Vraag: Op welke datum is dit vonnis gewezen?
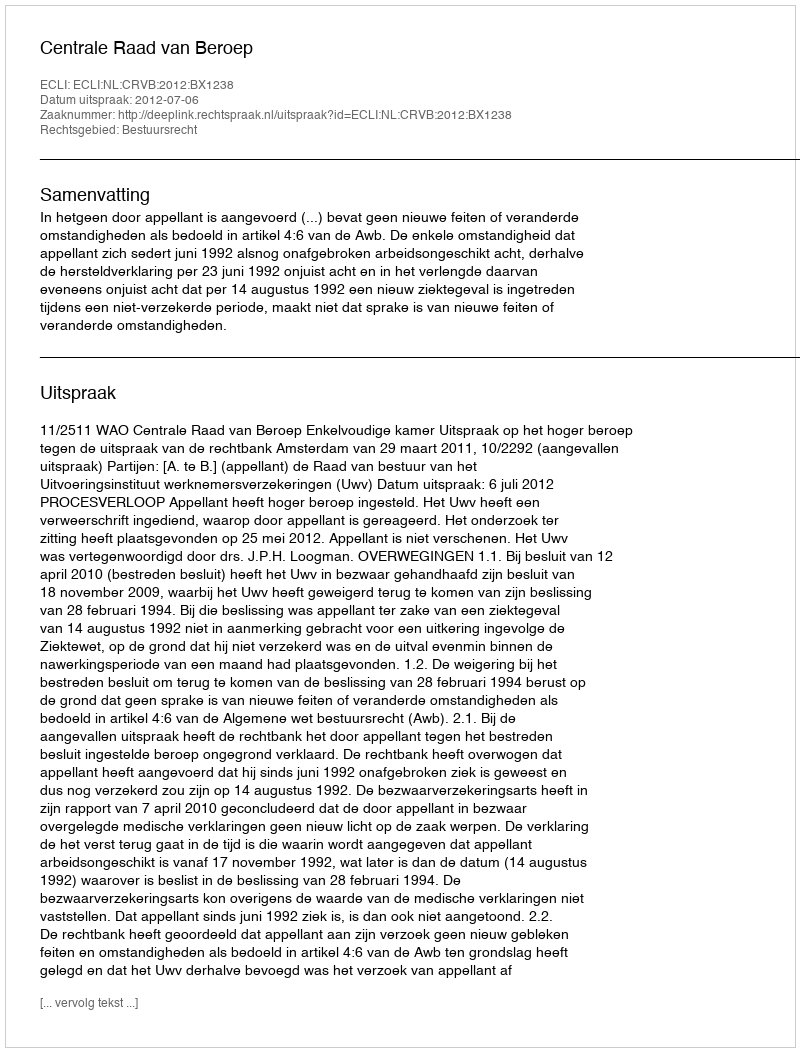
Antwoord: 2012-07-06